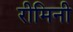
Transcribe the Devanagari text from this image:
रीमिनी